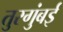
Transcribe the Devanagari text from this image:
तुरगुंबई